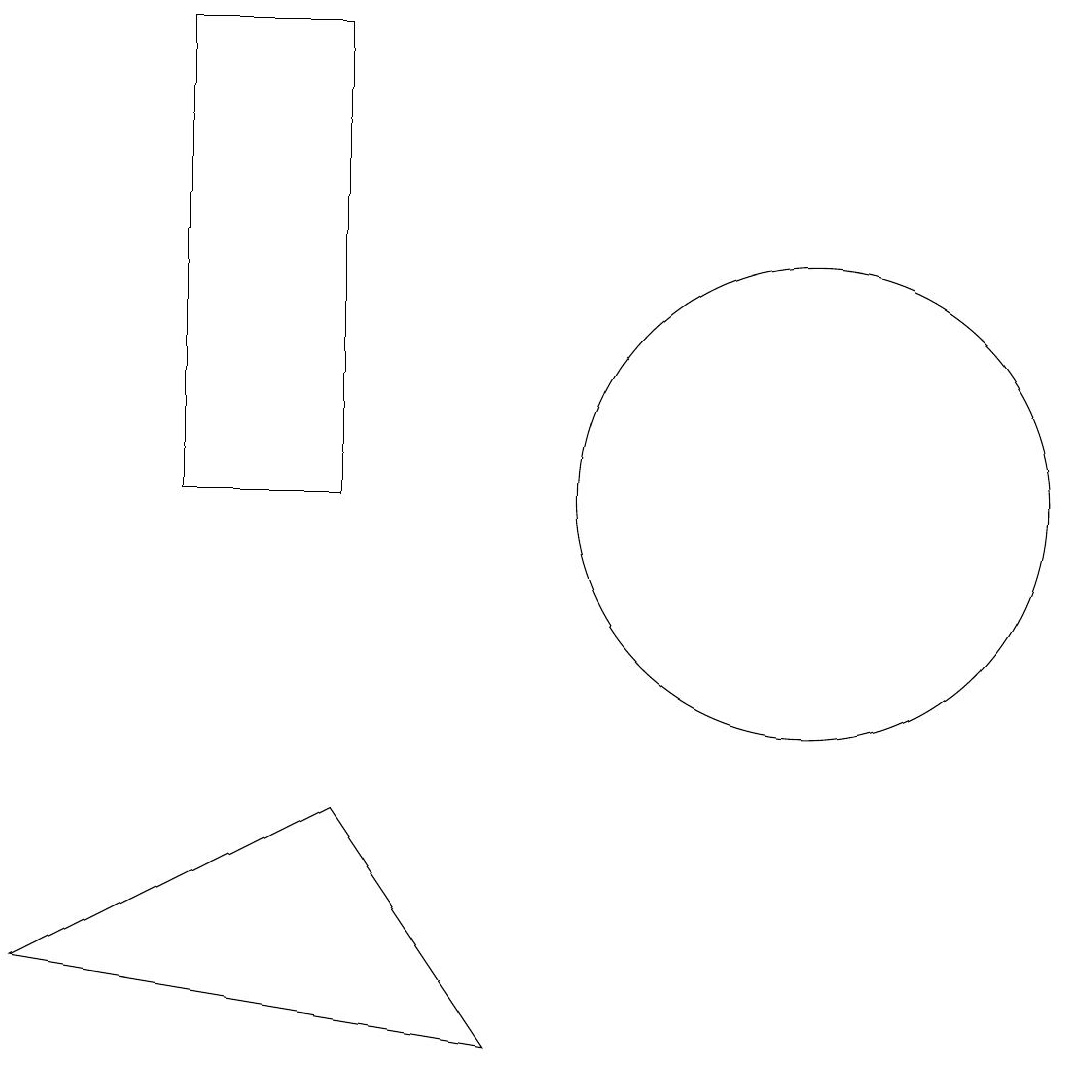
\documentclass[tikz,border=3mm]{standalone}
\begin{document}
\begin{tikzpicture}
\draw (2,17) rectangle (4,11);
\draw (10,11) circle (3);
\draw (0,5) -- (4,7) -- (6,4) -- cycle;
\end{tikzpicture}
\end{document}